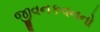
જીવનકવનનો